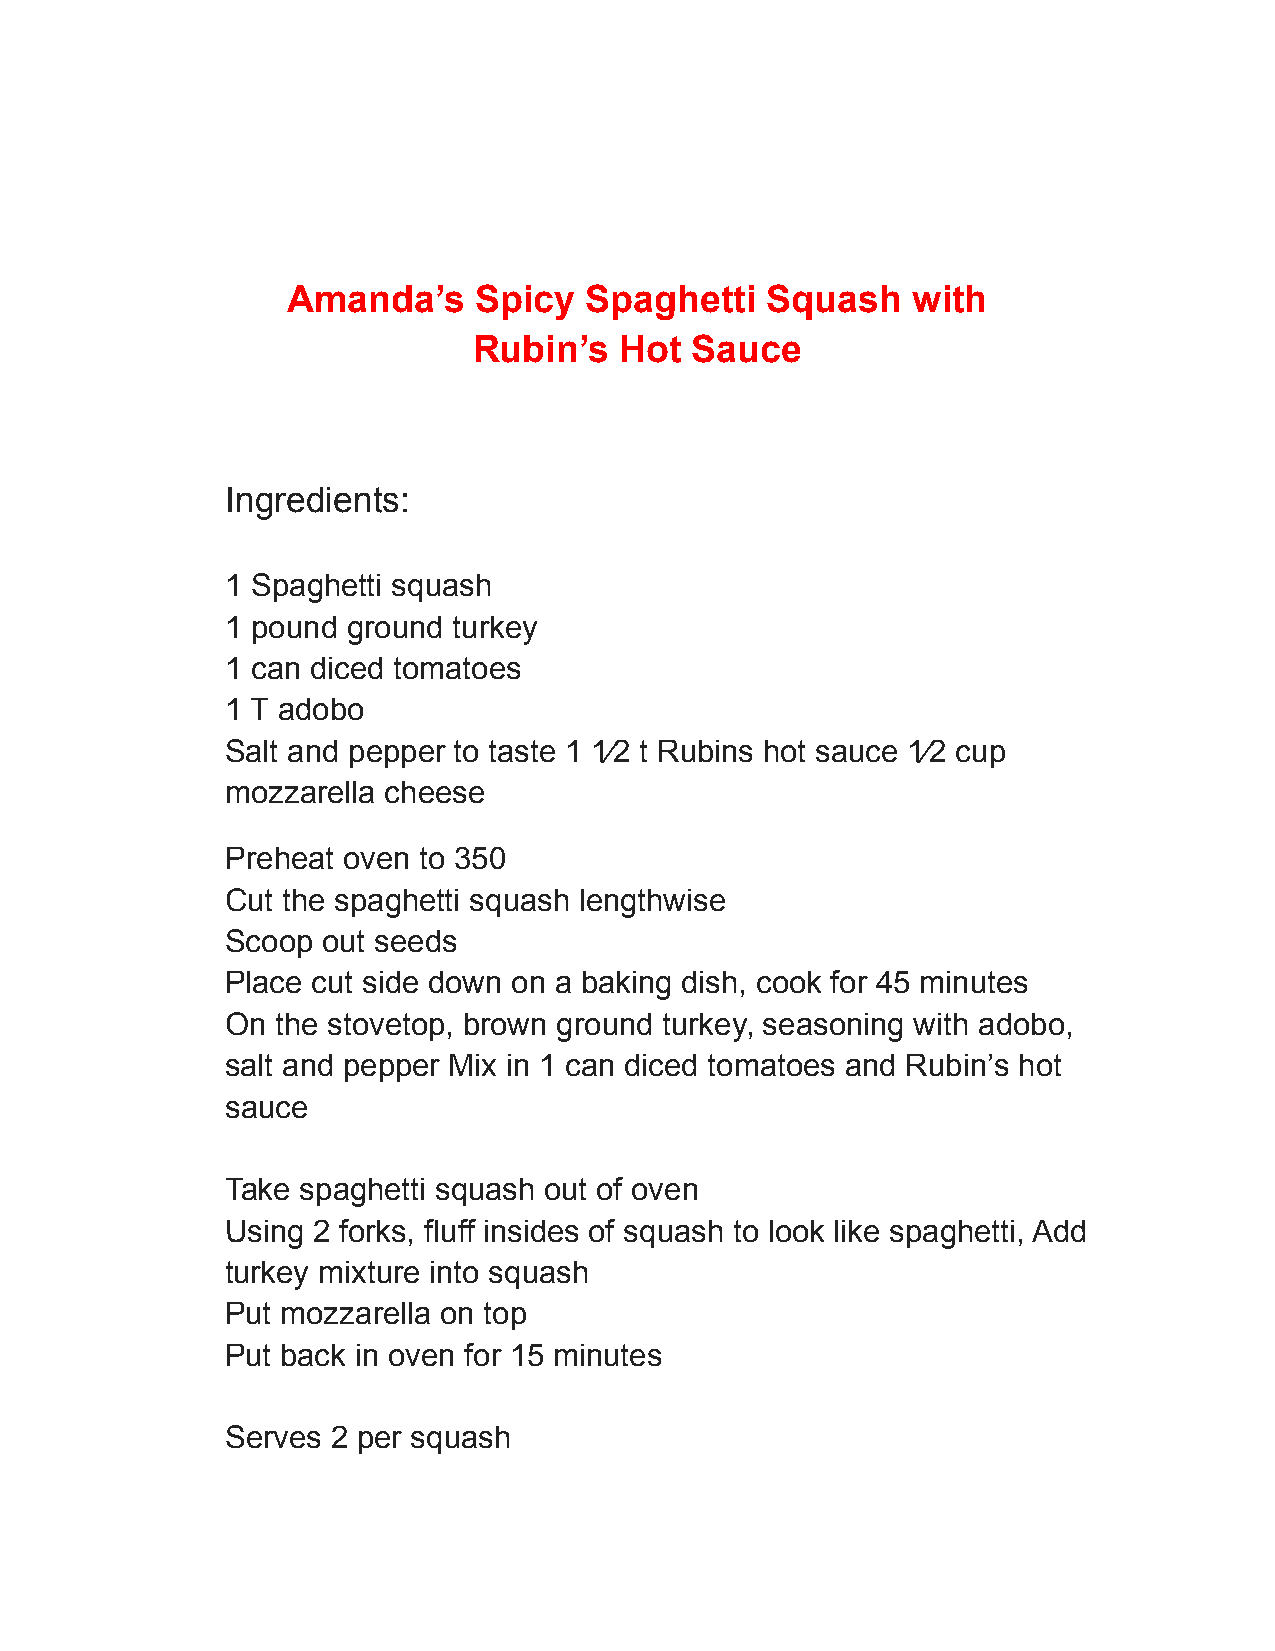
Amanda’s    Spicy   Spaghetti   Squash   with
 Rubin’s   Hot  Sauce
 Ingredients:
 1 Spaghetti squash
 1 pound ground turkey
 1 can diced tomatoes
 1 T adobo
 Salt and pepper to taste 1 1⁄2 t Rubins hot sauce 1⁄2 cup
 mozzarella cheese
 Preheat oven to 350
 Cut the spaghetti squash lengthwise
 Scoop out seeds
 Place cut side down on a baking dish, cook for 45 minutes
 On the stovetop, brown ground turkey, seasoning with adobo,
 salt and pepper Mix in 1 can diced tomatoes and Rubin’s hot
 sauce
 Take spaghetti squash out of oven
 Using 2 forks, fluff insides of squash to look like spaghetti, Add
 turkey mixture into squash
 Put mozzarella on top
 Put back in oven for 15 minutes
 Serves 2 per squash